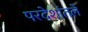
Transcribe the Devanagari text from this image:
परदेशांतले